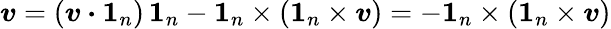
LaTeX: \boldsymbol{v}=(\boldsymbol{v}\boldsymbol{\cdot}\boldsymbol{1}_{n})\, \boldsymbol{1}_{n}-\boldsymbol{1}_{n}\times(\boldsymbol{1}_{n}\times\boldsymbol{v})=-\boldsymbol{1}_{n}\times(\boldsymbol{1}_{n}\times\boldsymbol{v})